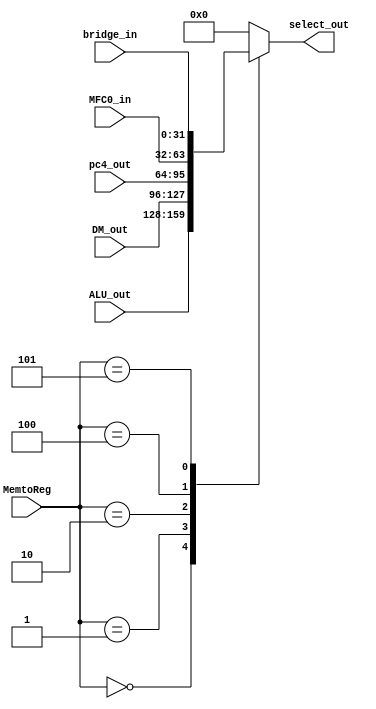
module Select_MemtoReg_module(ALU_out, DM_out, pc4_out, MemtoReg, select_out, MFC0_in, bridge_in);
    input [31:0]ALU_out, DM_out, pc4_out, MFC0_in, bridge_in;
    input [2:0]MemtoReg;
    output [31:0]select_out;
    reg [31:0]select_out;
    always @ (*)
    case(MemtoReg)
    3'b000: select_out = ALU_out;
    3'b001: select_out = DM_out;
    3'b010: select_out = pc4_out;
    3'b100: select_out = MFC0_in;
    3'b101: select_out = bridge_in;
    default: select_out = 0;
    endcase
endmodule